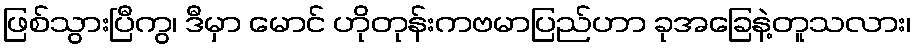
ဖြစ်သွားပြီကွ၊ ဒီမှာ မောင် ဟိုတုန်းကဗမာပြည်ဟာ ခုအခြေနဲ့တူသလား၊